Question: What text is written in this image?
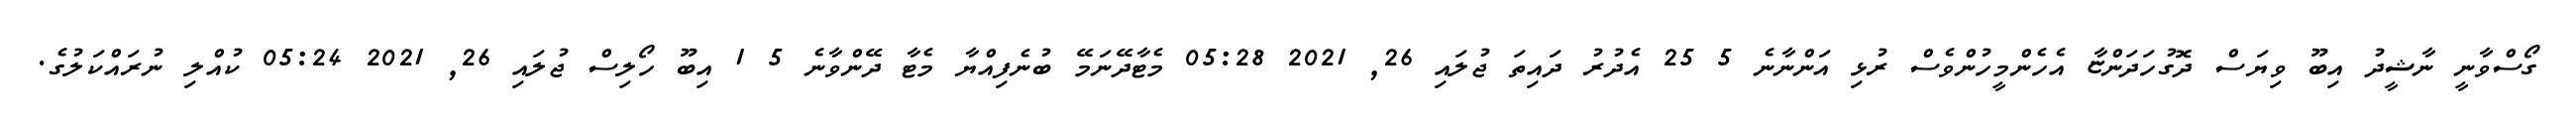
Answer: ގޯސްވާނީ ނާޝީދު އިބޫ ވިޔަސް ދޮގުހަދަންޏާ އެހެންމީހުންވެސް ރުޅި އަންނާނެ 5 25 އެދުރު ދައިތަ ޖުލައި 26, 2021 05:28 މެޓާދޭނަމޭ ބުނެފިއްޔާ މެޓާ ދޭންވާނެ 5 1 އިބޫ ހޯލިސް ޖުލައި 26, 2021 05:24 ކުއްލި ނުރައްކަލުގެ.